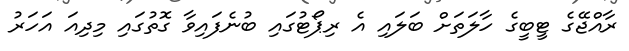
ރާއްޖޭގެ ޓީބީގެ ހާލަތަށް ބަލައި އެ ރިޕޯޓުގައި ބުނެފައިވާ ގޮތުގައި މިދިއަ އަހަރު